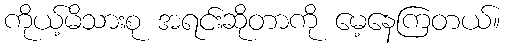
ကိုယ့်မိသားစု အရင်းဆိုတာကို မေ့နေကြတယ်။